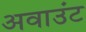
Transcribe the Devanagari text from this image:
अवाउंट